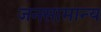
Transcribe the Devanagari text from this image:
जनसामान्‍य